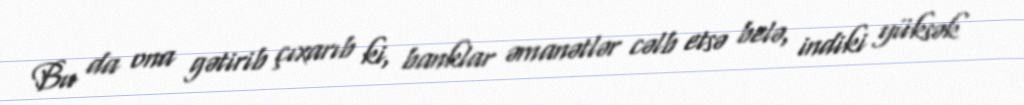
Bu da ona gətirib çıxarıb ki, banklar əmanətlər cəlb etsə belə, indiki yüksək